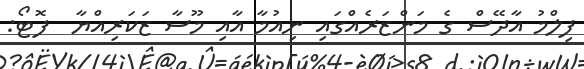
ފިލްމު އާދޭސް ގެ މަންޒަރެއްގައި ނިއުމާ އާއި މޫސާ ޒަކަރިއްޔާ  ފޮޓޯ: